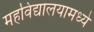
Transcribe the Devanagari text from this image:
महविद्यालयामध्ये